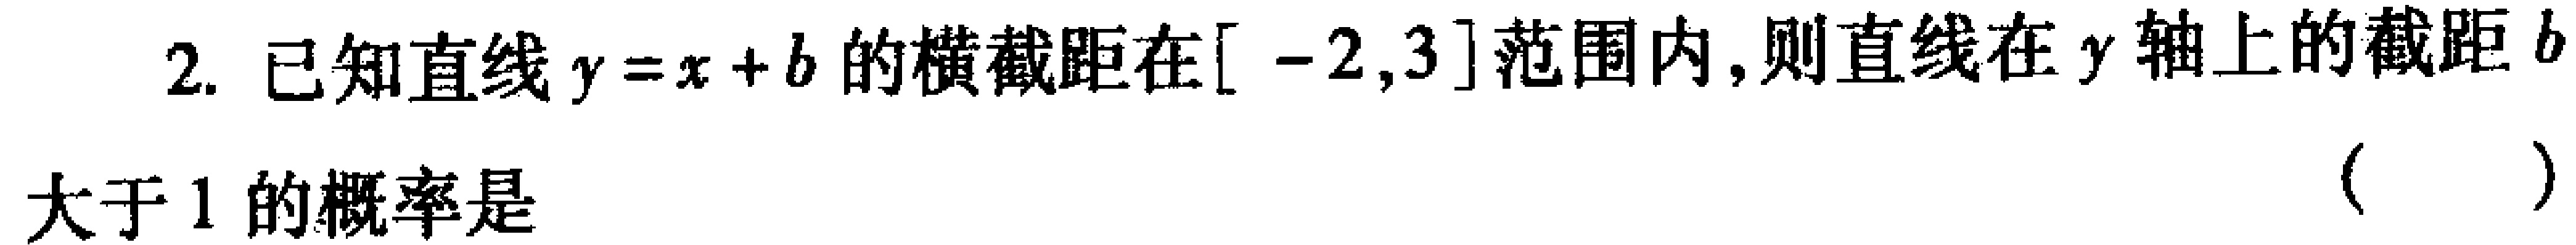
2. 已知直线\(y = x + b\)的横截距在\([ - 2,3]\)范围内,则直线在\(y\)轴上的截距\(b\)大于\(1\)的概率是 （  ）